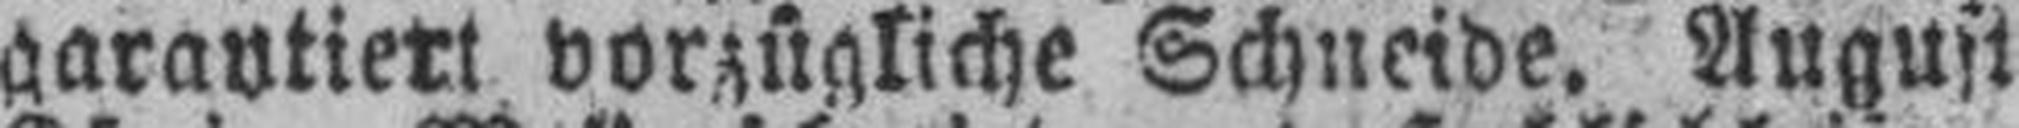
garantiert vorzügliche Schneide. August